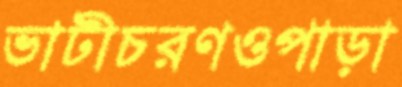
ভাটীচরণওপাড়া